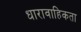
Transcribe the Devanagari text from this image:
धारावाहिकता